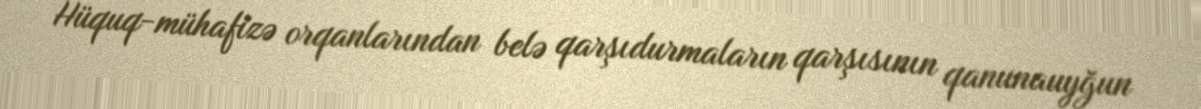
Hüquq-mühafizə orqanlarından belə qarşıdurmaların qarşısının qanunauyğun